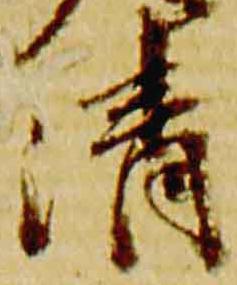
清